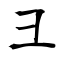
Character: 彐